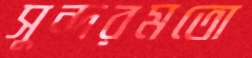
সুন্দরমতো